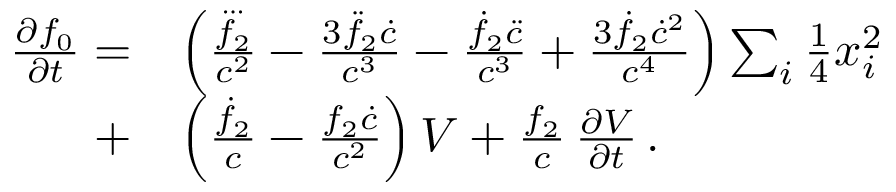
\begin{array} { r l } { \frac { \partial f _ { 0 } } { \partial t } = } & { \left( \frac { \dddot { f _ { 2 } } } { c ^ { 2 } } - \frac { 3 \ddot { f } _ { 2 } \dot { c } } { c ^ { 3 } } - \frac { \dot { f } _ { 2 } \ddot { c } } { c ^ { 3 } } + \frac { 3 \dot { f } _ { 2 } \dot { c } ^ { 2 } } { c ^ { 4 } } \right) \sum _ { i } { \textstyle \frac { 1 } { 4 } } x _ { i } ^ { 2 } } \\ { + } & { \left( \frac { \dot { f } _ { 2 } } { c } - \frac { f _ { 2 } \dot { c } } { c ^ { 2 } } \right) V + \frac { f _ { 2 } } { c } \, \frac { \partial V } { \partial t } \, . } \end{array}